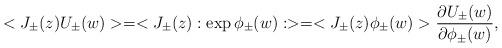
LaTeX: \begin{align*} <J_{\pm}(z)U_{\pm}(w)> = <J_{\pm}(z):\exp\phi _{\pm}(w):> = <J_{\pm}(z)\phi _{\pm}(w)>\frac{\partial U_{\pm}(w)}{\partial \phi _{\pm}(w)},\end{align*}